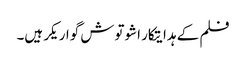
فلم کے ہدایتکار اشوتوش گواریکر ہیں۔